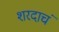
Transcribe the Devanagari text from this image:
शरदाचं